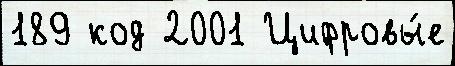
189 код 2001 Цифровы́е